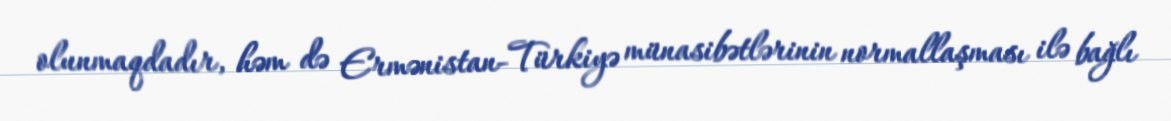
olunmaqdadır, həm də Ermənistan-Türkiyə münasibətlərinin normallaşması ilə bağlı